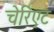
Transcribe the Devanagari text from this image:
चेरिएट